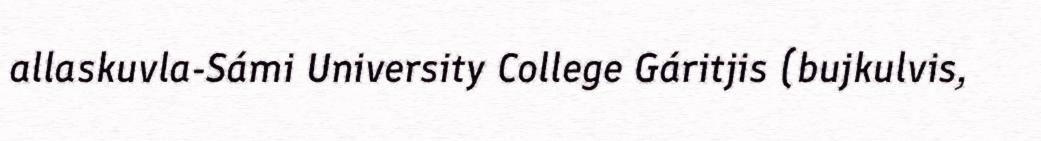
allaskuvla-Sámi University College Gáritjis (bujkulvis,